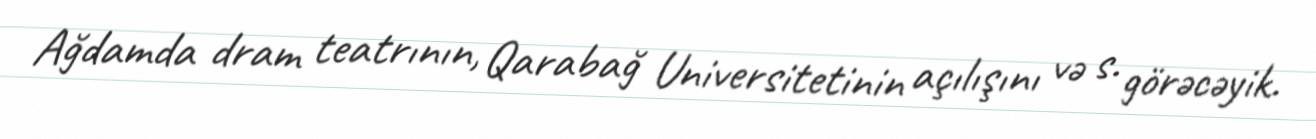
Ağdamda dram teatrının, Qarabağ Universitetinin açılışını və s. görəcəyik.